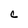
Character: C